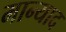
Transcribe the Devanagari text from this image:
मान्याद